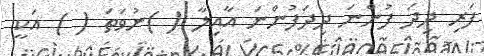
ފަރި ދިދަ ފުންނަ ދިދަފުންނަ އާއިލާ ( )ނުވަތަ ( ) އަކީ